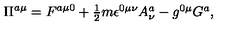
\Pi ^ { a \mu } = F ^ { a \mu 0 } + \textstyle { \frac { 1 } { 2 } } m \epsilon ^ { 0 \mu \nu } A _ { \nu } ^ { a } - g ^ { 0 \mu } G ^ { a } ,